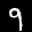
Label: 9